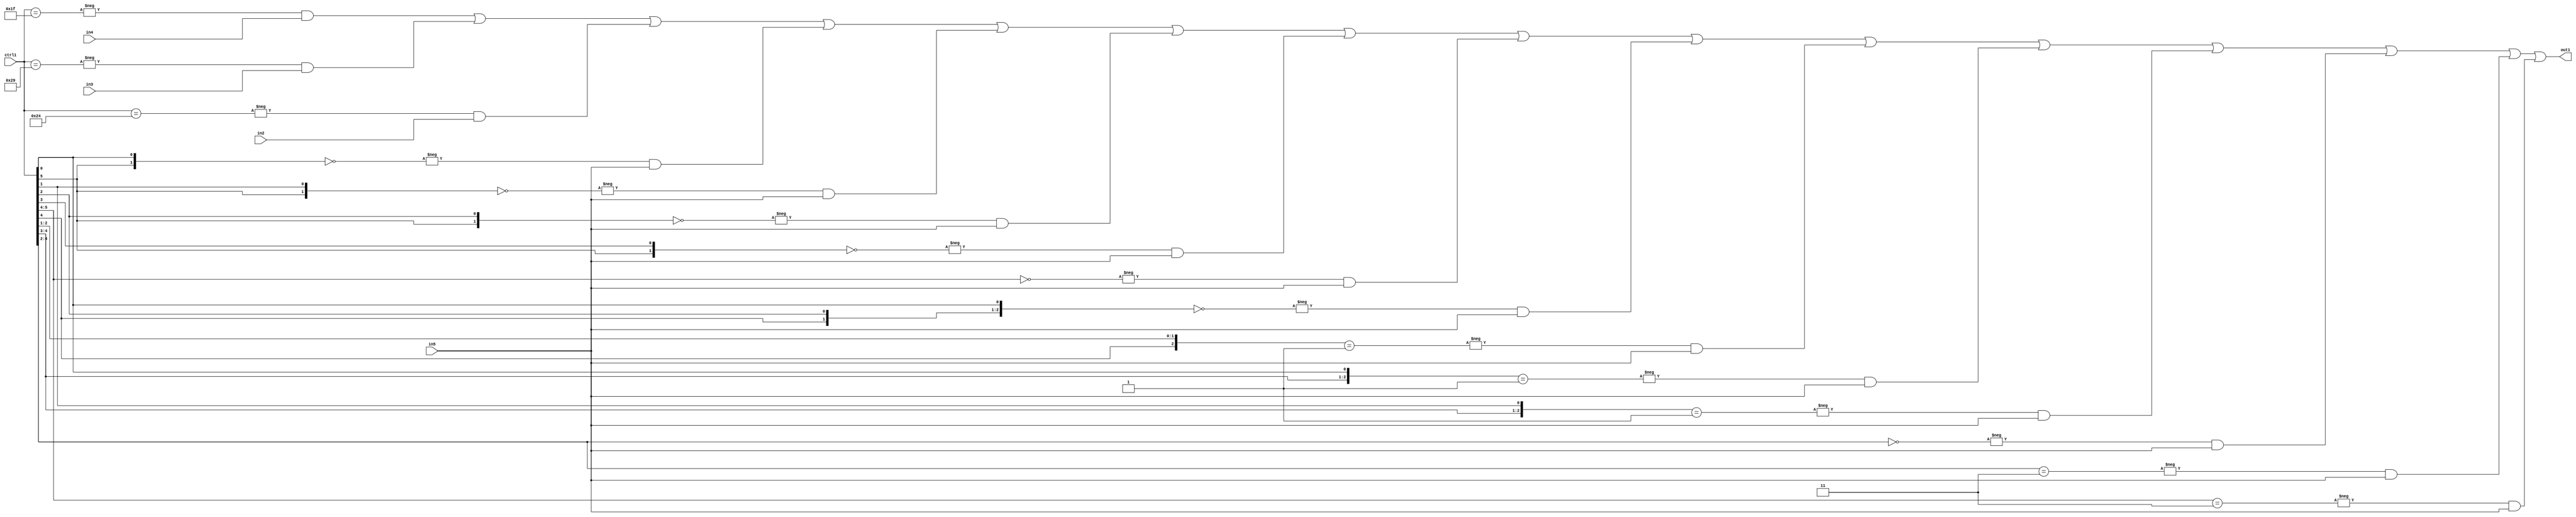
`timescale 1ps / 1ps
/*****************************************************************************
    Verilog RTL Description
    
    
    Created by: Stratus DpOpt 21.05.01 
*******************************************************************************/

module SobelFilter_N_Mux_32_4_67_1 (
	in5,
	in4,
	in3,
	in2,
	ctrl1,
	out1
	); /* architecture "behavioural" */ 
input [31:0] in5;
input [8:0] in4,
	in3,
	in2;
input [5:0] ctrl1;
output [31:0] out1;
wire [31:0] asc001;

assign asc001 = 
	-{ctrl1 == 6'B011111} & in4 |
	-{ctrl1 == 6'B101001} & in3 |
	-{ctrl1 == 6'B100100} & in2 |
	-{{ctrl1[5], ctrl1[0]} == 2'B00} & in5 |
	-{{ctrl1[5], ctrl1[1]} == 2'B00} & in5 |
	-{{ctrl1[5], ctrl1[2]} == 2'B00} & in5 |
	-{{ctrl1[5], ctrl1[3]} == 2'B00} & in5 |
	-{ctrl1[5:4] == 2'B00} & in5 |
	-{{ctrl1[4], ctrl1[2], ctrl1[0]} == 3'B000} & in5 |
	-{{ctrl1[4], ctrl1[2:1]} == 3'B001} & in5 |
	-{{ctrl1[4:3], ctrl1[0]} == 3'B001} & in5 |
	-{{ctrl1[4:3], ctrl1[1]} == 3'B001} & in5 |
	-{ctrl1[4:2] == 3'B000} & in5 |
	-{ctrl1[4:2] == 3'B011} & in5 |
	-{ctrl1[5:4] == 2'B11} & in5 ;

assign out1 = asc001;
endmodule

/* CADENCE  s7LxQg0= : u9/ySxbfrwZIxEzHVQQV8Q== ** DO NOT EDIT THIS LINE ******/